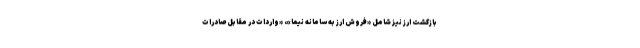
بازگشت ارز نیز شامل «فروش ارز به سامانه نیما»، «واردات در مقابل صادرات